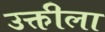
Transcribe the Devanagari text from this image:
उक्तीला